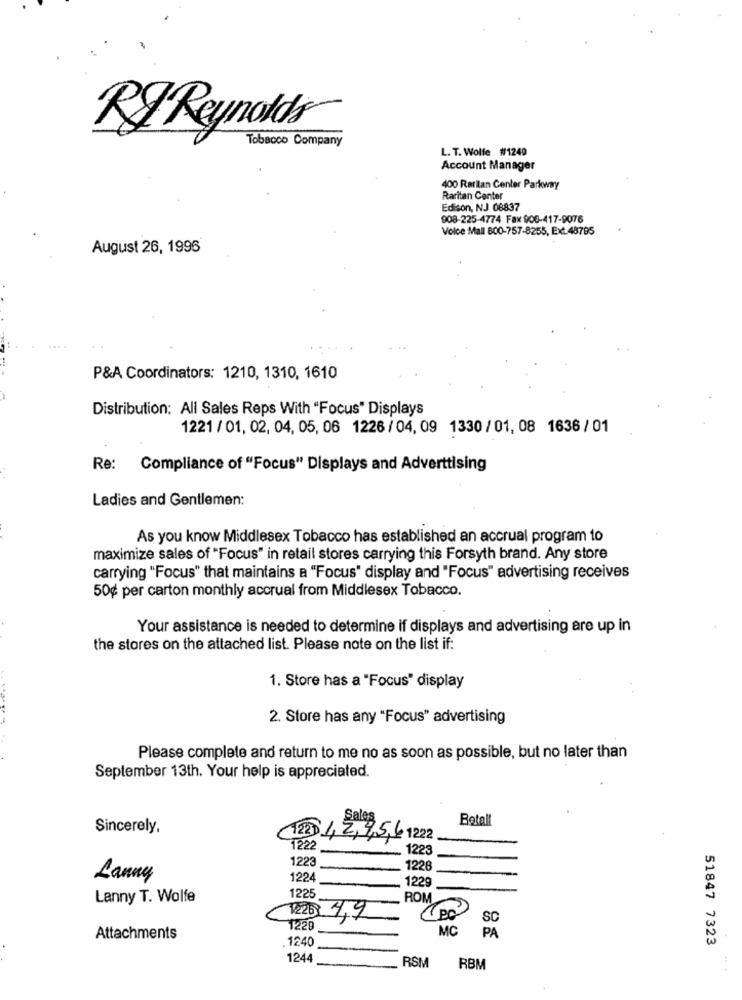
RJ Reynolds
Tobacco Company
L. T. Wolfe #1240
Account Manager
400 Rarilan Center Parkway
Raritan Center
Edison, NJ 08837
908-225-4774 Fax 900-417-9076
Volce Mall 800-757-8255, Ext.48795
August 26, 1996
P&A Coordinators: 1210, 1310, 1610
Distribution: All Sales Reps With "Focus" Displays
1221 / 01, 02, 04, 05, 06 1226 / 04, 09 1330 / 01, 08 1636 / 01
Re: Compliance of "Focus" Displays and Adverttising
Ladies and Gentlemen:
As you know Middlesex Tobacco has established an accrual program to
maximize sales of "Focus" in retail stores carrying this Forsyth brand. Any store
carrying "Focus" that maintains a "Focus" display and "Focus" advertising receives
50g per carton monthly accrual from Middlesex Tobacco.
Your assistance is needed to determine if displays and advertising are up in
the stores on the attached list. Please note on the list if:
1. Store has a "Focus" display
2. Store has any "Focus" advertising
Please complete and return to me no as soon as possible, but no later than
September 13th. Your help is appreciated.
Betal
Sincerely,
Sales
122 1,2,9,5,6 12
1222
1223
1223
1228
Lanny
1224
1229
1225
Lanny T. Wolfe
ROM
V226
4,9
po
SC
1229
MC
PA
Attachments
1240
51847 7323
1244
RSM
RBM